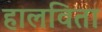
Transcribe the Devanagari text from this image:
हालविता